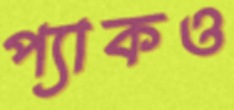
প্যাকও